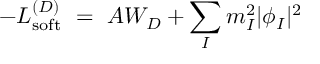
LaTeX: - { \cal L } _ { \mathrm { s o f t } } ^ { ( D ) } \ = \ A W _ { D } + \sum _ { I } m _ { I } ^ { 2 } | \phi _ { I } | ^ { 2 }